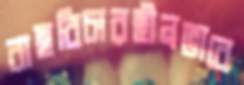
বাছবিচারহীনভাবে